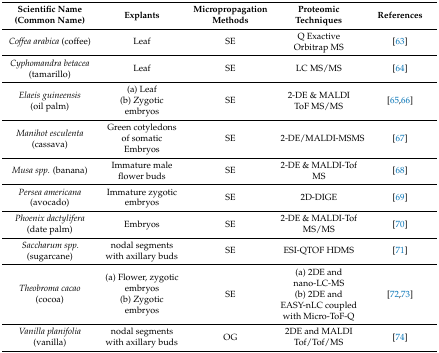
<table><thead><tr><td><b>Scientific Name (Common Name)</b></td><td><b>Explants</b></td><td><b>Micropropagation Methods</b></td><td><b>Proteomic Techniques</b></td><td><b>References</b></td></tr></thead><tbody><tr><td><i>Coffea arabica</i> (coffee)</td><td>Leaf</td><td>SE</td><td>Q Exactive Orbitrap MS</td><td>[63]</td></tr><tr><td><i>Cyphomandra betacea</i>(tamarillo)</td><td>Leaf</td><td>SE</td><td>LC MS/MS</td><td>[64]</td></tr><tr><td><i>Elaeis guineensis</i> (oil palm)</td><td>(a) Leaf(b) Zygotic embryos</td><td>SE</td><td>2-DE &amp; MALDI ToF MS/MS</td><td>[65,66]</td></tr><tr><td><i>Manihot esculenta</i> (cassava)</td><td>Green cotyledons of somaticEmbryos</td><td>SE</td><td>2-DE/MALDI-MSMS</td><td>[67]</td></tr><tr><td><i>Musa spp.</i> (banana)</td><td>Immature male flower buds</td><td>SE</td><td>2-DE &amp; MALDI-Tof MS</td><td>[68]</td></tr><tr><td><i>Persea americana</i> (avocado)</td><td>Immature zygotic embryos</td><td>SE</td><td>2D-DIGE</td><td>[69]</td></tr><tr><td><i>Phoenix dactylifera</i> (date palm)</td><td>Embryos</td><td>SE</td><td>2-DE &amp; MALDI-Tof MS/MS</td><td>[70]</td></tr><tr><td><i>Saccharum spp.</i> (sugarcane)</td><td>nodal segments with axillary buds</td><td>SE</td><td>ESI-QTOF HDMS</td><td>[71]</td></tr><tr><td><i>Theobroma cacao</i> (cocoa)</td><td>(a) Flower, zygotic embryos(b) Zygotic embryos</td><td>SE</td><td>(a) 2DE and nano-LC-MS(b) 2DE and EASY-nLC coupled with Micro-ToF-Q</td><td>[72,73]</td></tr><tr><td><i>Vanilla planifolia</i>(vanilla)</td><td>nodal segments with axillary buds</td><td>OG</td><td>2DE and MALDI Tof/Tof/MS</td><td>[74]</td></tr></tbody></table>